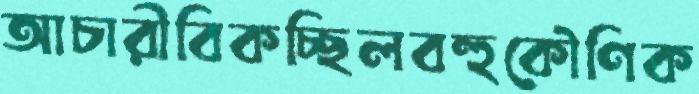
আচারীবিকচ্ছিলবহুকৌণিক